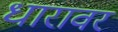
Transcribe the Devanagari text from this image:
धारावर